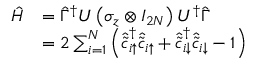
\begin{array} { r l } { \hat { H } } & { = \hat { \Gamma } ^ { \dag } U \left( \sigma _ { z } \otimes I _ { 2 N } \right) U ^ { \dag } \hat { \Gamma } } \\ & { = 2 \sum _ { i = 1 } ^ { N } \left( \hat { \tilde { c } } _ { i \uparrow } ^ { \dag } \hat { \tilde { c } } _ { i \uparrow } + \hat { \tilde { c } } _ { i \downarrow } ^ { \dag } \hat { \tilde { c } } _ { i \downarrow } - 1 \right) } \end{array}